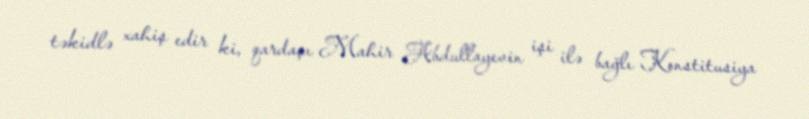
təkidlə xahiş edir ki, qardaşı Mahir Abdullayevin işi ilə bağlı Konstitusiya